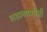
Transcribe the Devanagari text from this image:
लहानपणीची